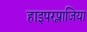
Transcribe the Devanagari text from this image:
हाइपरप्लाजिया